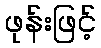
ဖုန်းဖြင့်